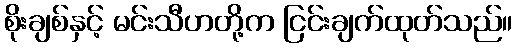
စိုးချစ်နှင့် မင်းသီဟတို့က ငြင်းချက်ထုတ်သည်။